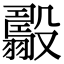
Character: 𣫟